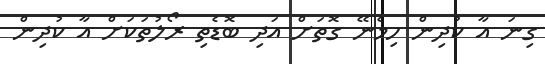
ގިނަ އާ ކުދިން ހިމެނޭ ގޮތަށް އަދި ބޮޑެތި ރޯލުތަކަށް އާ ކުދިން